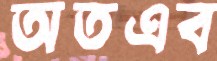
অতএব